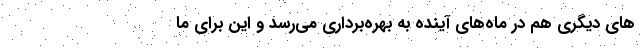
های دیگری هم در ماه‌های آینده به بهره‌برداری می‌رسد و این برای ما